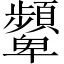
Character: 顰